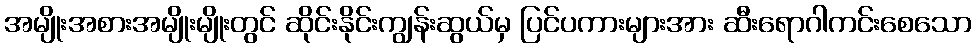
အမျိုးအစားအမျိုးမျိုးတွင် ဆိုင်းနိုင်းကျွန်းဆွယ်မှ ပြင်ပကားများအား ဆီးရောဂါကင်းစေသော